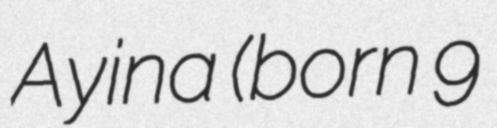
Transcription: Ayina (born 9